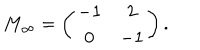
M _ { \infty } = \left( \begin{array} { c c } { { - 1 } } & { { 2 } } \\ { { 0 } } & { { - 1 } } \\ \end{array} \right) .